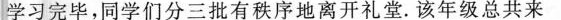
学习完毕，同学们分三批有秩序地离开礼堂。该年级总共来